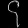
Digit: ၄